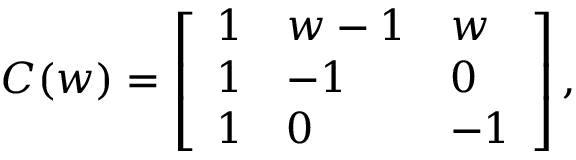
C ( w ) = \left[ \begin{array} { l l l } { { 1 } } & { { w - 1 } } & { { w } } \\ { { 1 } } & { { - 1 } } & { { 0 } } \\ { { 1 } } & { { 0 } } & { { - 1 } } \end{array} \right] ,